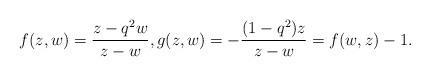
LaTeX: \begin{align*}f(z, w)=\frac{z-q^2 w}{z-w}, g(z, w)=-\frac{(1-q^{2})z}{z-w}=f(w, z)-1. \end{align*}